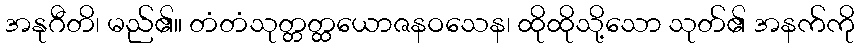
အနုဂီတိ၊ မည်၏။ တံတံသုတ္တတ္ထယောဇနဝသေန၊ ထိုထိုသို့သော သုတ်၏ အနက်ကို